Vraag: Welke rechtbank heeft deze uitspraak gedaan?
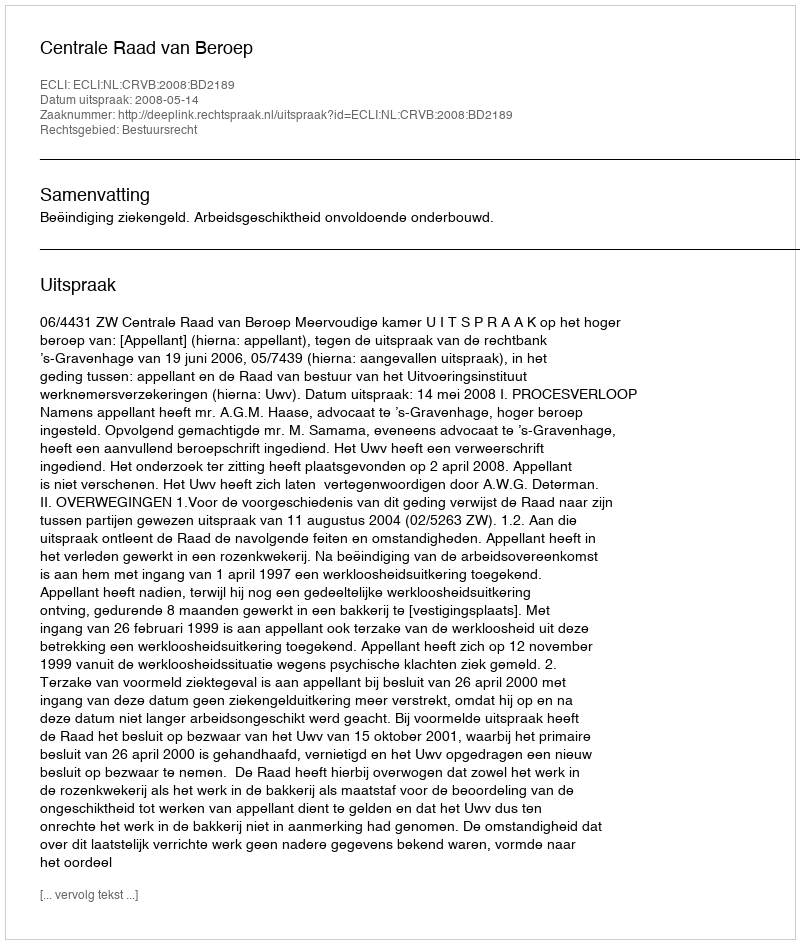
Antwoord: Centrale Raad van Beroep